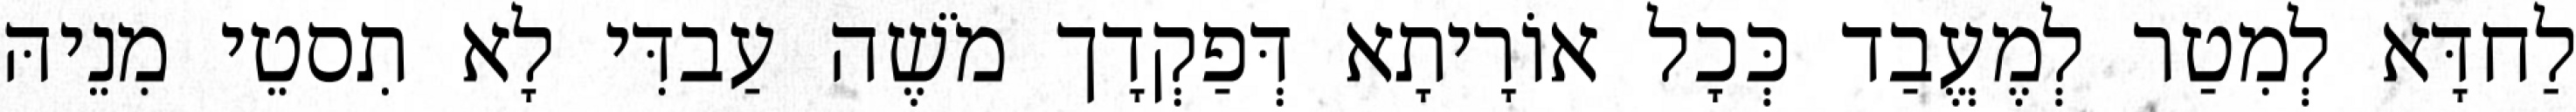
לַחדָּא לְמִטַר לְמֶעֱבַד כְּכָל אוֹרָיתָא דְּפַקְדָך מֹשֶׁה עַבדִּי לָא תִסטֵי מִנֵיהּ